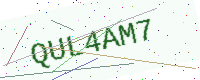
Text: QUL4AM7